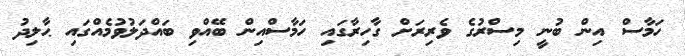
ހަމާސް އިން ބުނީ މިސްރުގެ ވެރިރަށް ގާހިރާގައި ހަމާސްއިން ބޭއްވި ބައްދަލުވުމެއްގައި ޙާލިދު